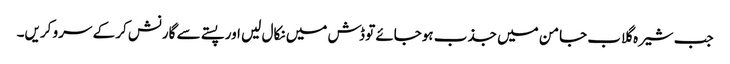
جب شیرہ گلاب جامن میں جذب ہوجائے تو ڈش میں نکال لیں اور پستے سے گارنش کر کے سرو کریں۔